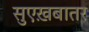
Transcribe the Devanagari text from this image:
सुएख़बातर